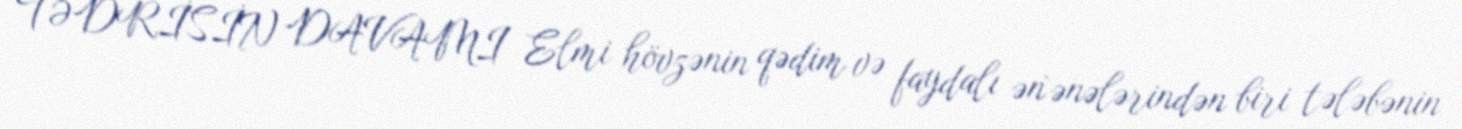
TƏDRİSİN DAVAMI Elmi hövzənin qədim və faydalı ən`ənələrindən biri tələbənin